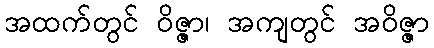
အထက်တွင် ဝိဇ္ဇာ၊ အကျတွင် အဝိဇ္ဇာ